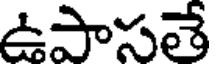
ఉపాసతే